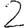
Digit: 2